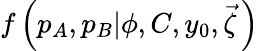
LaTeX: f\left(p_{A},p_{B}|\phi,C,y_{0},\vec{\zeta}\, \right)